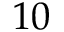
1 0